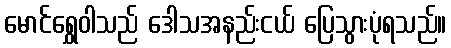
မောင်ရွှေဝါသည် ဒေါသအနည်းငယ် ပြေသွားပုံရသည်။